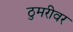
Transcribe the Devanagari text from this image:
ठुमरीवर